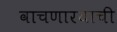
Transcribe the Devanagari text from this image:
वाचणारयाची